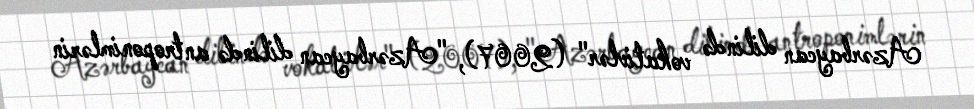
Azərbaycan dilində vokativlər" (2007), "Azərbaycan dilində antroponimlərin